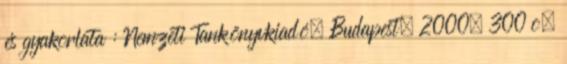
és gyakorlata : Nemzeti Tankönyvkiadó, Budapest. 2000. 300 o.